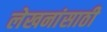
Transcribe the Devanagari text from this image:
लेखनांसाठी